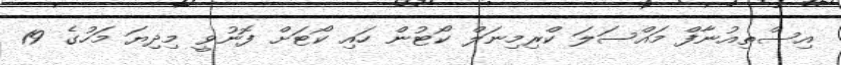
އިސްތިއުނާފް މައްސަލަ ކްރިމިނަލް ކޯޓުން ހައި ކޯޓަށް ފޮނުވީ މިދިޔަ މަހުގެ 19